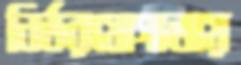
নির্ভরযোগ্যতায়